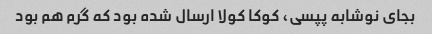
بجای نوشابه پپسی، کوکا کولا ارسال شده بود که گرم هم بود